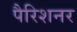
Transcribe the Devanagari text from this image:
पैरिशनर